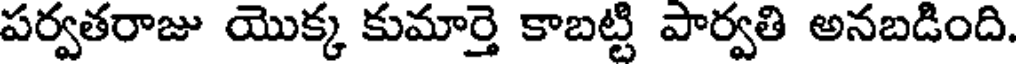
పర్వతరాజు యొక్క కుమార్తె కాబట్టి పార్వతి అనబడింది.